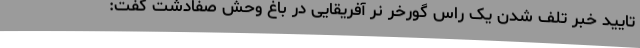
تایید خبر تلف شدن یک راس گورخر نر آفریقایی در باغ وحش‌ صفادشت گفت: